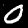
Label: 0